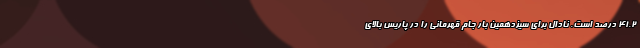
٤١.٢ درصد است. نادال برای سیزدهمین بار جام قهرمانی را در پاریس بالای